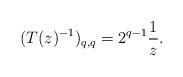
LaTeX: \begin{align*}( T(z)^{-1} )_{q,q} = 2^{q-1} \frac{1}{ z } .\end{align*}